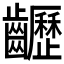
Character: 𪙽